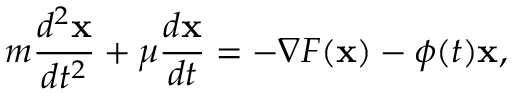
m \frac { d ^ { 2 } { \bf x } } { d t ^ { 2 } } + \mu \frac { d { \bf x } } { d t } = - \nabla F ( { \bf x } ) - \phi ( t ) { \bf x } ,